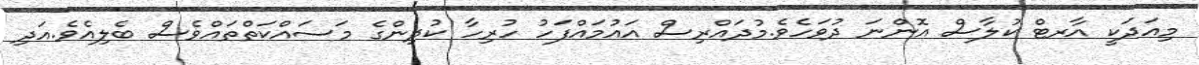
މިއަދަކީ އާރޓް ކުލާސް އޮންނަ ދުވަހެވެ.މުދައްރިސް އައުމައްފަހު ހުރިހާ ކުދިންގެ މަސައްކަތްތައްވެސް ބެލިއެވެ.އަދި